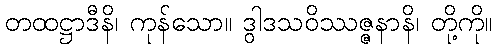
တထဋ္ဌာဒီနိ၊ ကုန်သော။ ဒွါဒသဝိဿဇ္ဇနာနိ၊ တို့ကို။